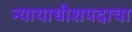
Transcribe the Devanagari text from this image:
न्यायाधीशपदाचा